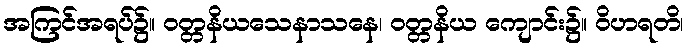
အကြင်အရပ်၌။ ဝတ္တနိယသေနာသနေ၊ ဝတ္တနိယ ကျောင်း၌။ ဝိဟရတိ၊